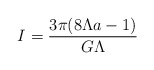
\begin{align*}I=\frac{3\pi(8\Lambda a-1)}{G\Lambda}\end{align*}